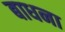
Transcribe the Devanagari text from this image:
बाधना